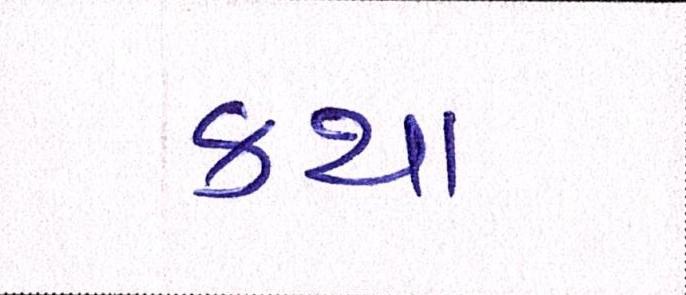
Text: કથા